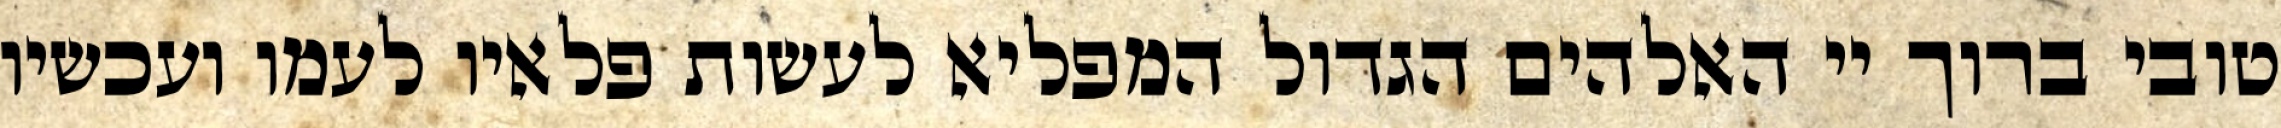
טובי ברוך יי האלהים הגדול המפליא לעשות פלאיו לעמו ועכשיו